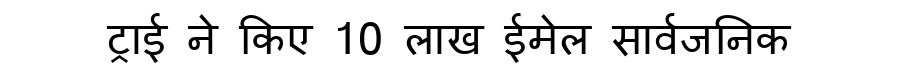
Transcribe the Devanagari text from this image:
ट्राई ने किए 10 लाख ईमेल सार्वजनिक